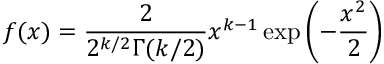
f ( x ) = { \frac { 2 } { 2 ^ { k / 2 } \Gamma ( k / 2 ) } } x ^ { k - 1 } \exp \left( - { \frac { x ^ { 2 } } { 2 } } \right)